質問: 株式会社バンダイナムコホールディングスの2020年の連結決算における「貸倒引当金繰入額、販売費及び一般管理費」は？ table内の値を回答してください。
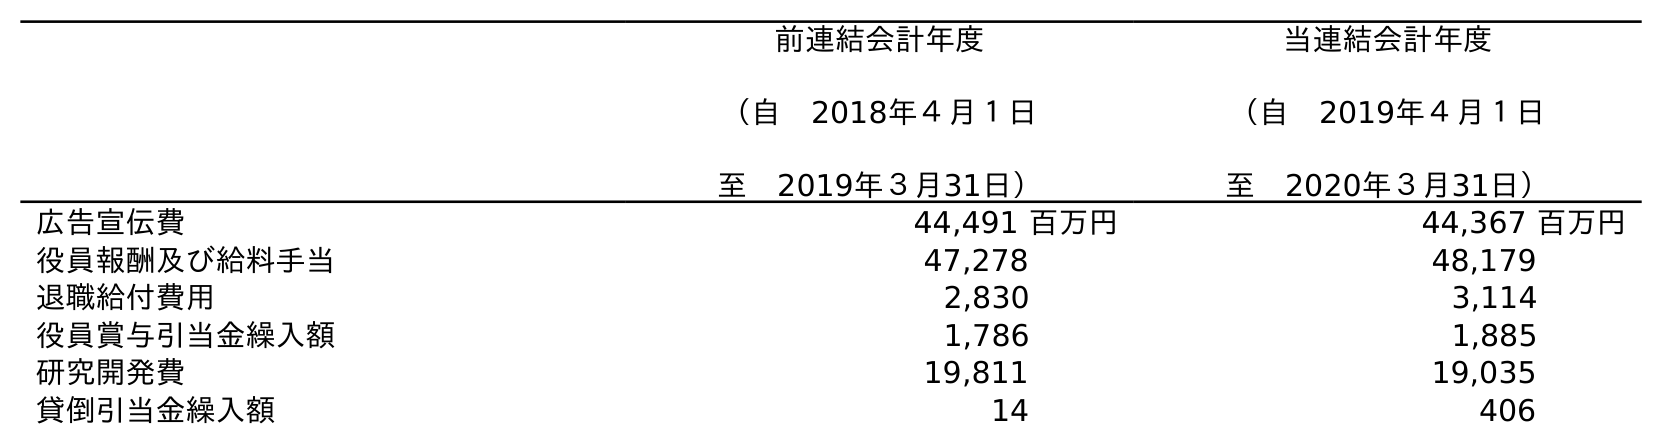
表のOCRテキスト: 前連結会計年度 （自 2018年４月１日 至 2019年３月31日） 当連結会計年度 （自 2019年４月１日 至 2020年３月31日） 広告宣伝費 44,491 百万円 44,367 百万円 役員報酬及び給料手当 47,278 48,179 退職給付費用 2,830 3,114 役員賞与引当金繰入額 1,786 1,885 研究開発費 19,811 19,035 貸倒引当金繰入額 14 406
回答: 406